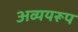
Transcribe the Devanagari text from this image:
अव्ययरूप